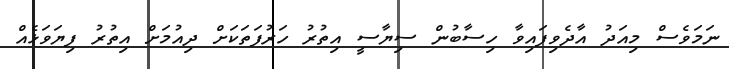
ނަމަވެސް މިއަދު އާދެވިފައިވާ ހިސާބުން ސިޔާސީ އިތުރު ހަރުފަތަކަށް ދިއުމަށް އިތުރު ފިޔަވަޅެއް